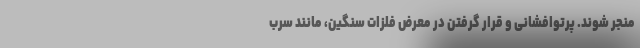
منجر شوند. پرتوافشانی و قرار گرفتن در معرض فلزات سنگین، مانند سرب